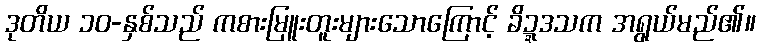
ဒုတိယ ၁၀-နှစ်သည် ကစားမြူးတူးများသောကြောင့် ခိဍ္ဍဒသက အရွယ်မည်၏။